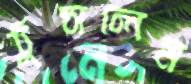
ঠুসলেম